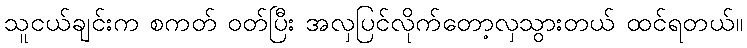
သူငယ်ချင်းက စကတ် ဝတ်ပြီး အလှပြင်လိုက်တော့လှသွားတယ် ထင်ရတယ်။